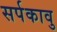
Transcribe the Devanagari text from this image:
सर्पकावु